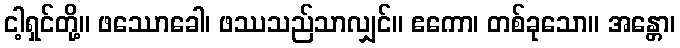
ငါ့ရှင်တို့။ ဖဿောခေါ၊ ဖဿသည်သာလျှင်။ ဧကော၊ တစ်ခုသော။ အန္တော၊